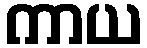
ကာယ